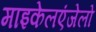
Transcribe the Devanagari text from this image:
माइकेलएंजेलो